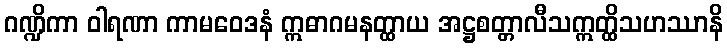
ဂဏ္ဍိကာ ဝါရဏာ ကာမဝေဒနံ ဣဓာဂမနတ္ထာယ အဋ္ဌစတ္တာလီသဣတ္ထိသဟဿာနိ